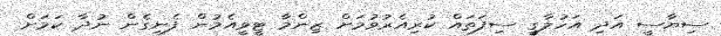
ސިޔާސީ އަދި އަހުލާގީ ސިފަތައް ކުރިއެރުވުމަށް ޒިންމާ ޓީވީއެމުން ފެނިގެން ނުދާ ކަމަށް